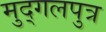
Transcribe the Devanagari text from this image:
मुद्गलपुत्र